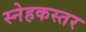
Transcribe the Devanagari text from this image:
स्नेहकस्तर